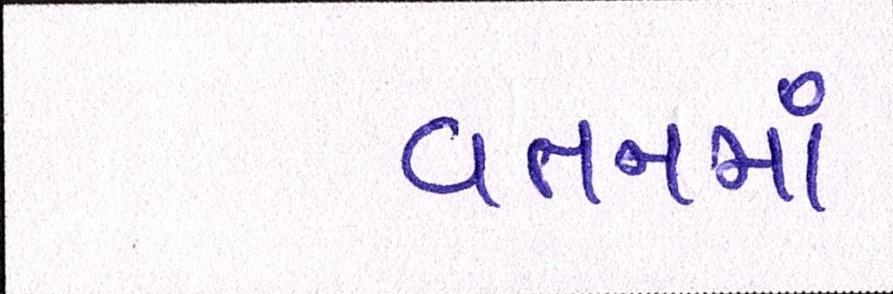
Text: વતનમાં